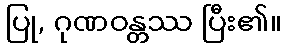
ပြု, ဂုဏဝန္တဿ ပြီး၏။